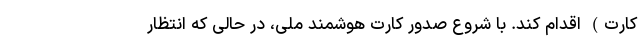
کارت) اقدام کند. با شروع صدور کارت هوشمند ملی، در حالی که انتظار